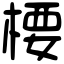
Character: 楆